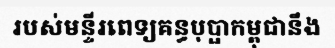
របស់មន្ទីរពេទ្យគន្ធបុប្ផាកម្ពុជានឹង